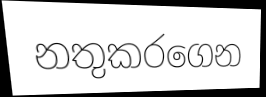
නතුකරගෙන